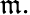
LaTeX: {\mathfrak{m}}.